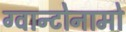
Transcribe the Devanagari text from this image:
ग्वान्टोनामो